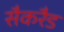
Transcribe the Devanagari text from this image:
सैकरैड